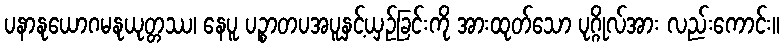
ပနာနုယောဂမနုယုတ္တဿ၊ နေပူ ပဉ္စာတပအပူနှင့်ယှဉ်ခြင်းကို အားထုတ်သော ပုဂ္ဂိုလ်အား လည်းကောင်း။